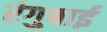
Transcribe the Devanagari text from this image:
रंगुबाई